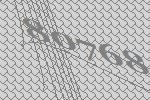
80768